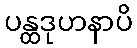
ပန္ထဒုဟနာပိ